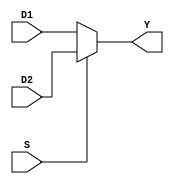
// Calla Chen
// File for Mux - Lab #5

`timescale 1ns / 1ps
//////////////////////////////////////////////////////////////////////////////////
// Module Name: MUX21
// 
//////////////////////////////////////////////////////////////////////////////////

// Module definition for Mux
module MUX21 (
        D1 , D2 , S , Y
);
 
// Defining the inputs
    input  S;
    input[31:0] D1, D2;
// Defining the output
    output[31:0] Y;
    reg[31:0] MuxResult;
    assign Y = MuxResult;
// Defining MUX21 module's behavior
// Whenever there is a change in any of inputs, make the choice 
    always @(*)
        begin
            MuxResult = S ? D2 : D1 ;
        end
endmodule //MUX21